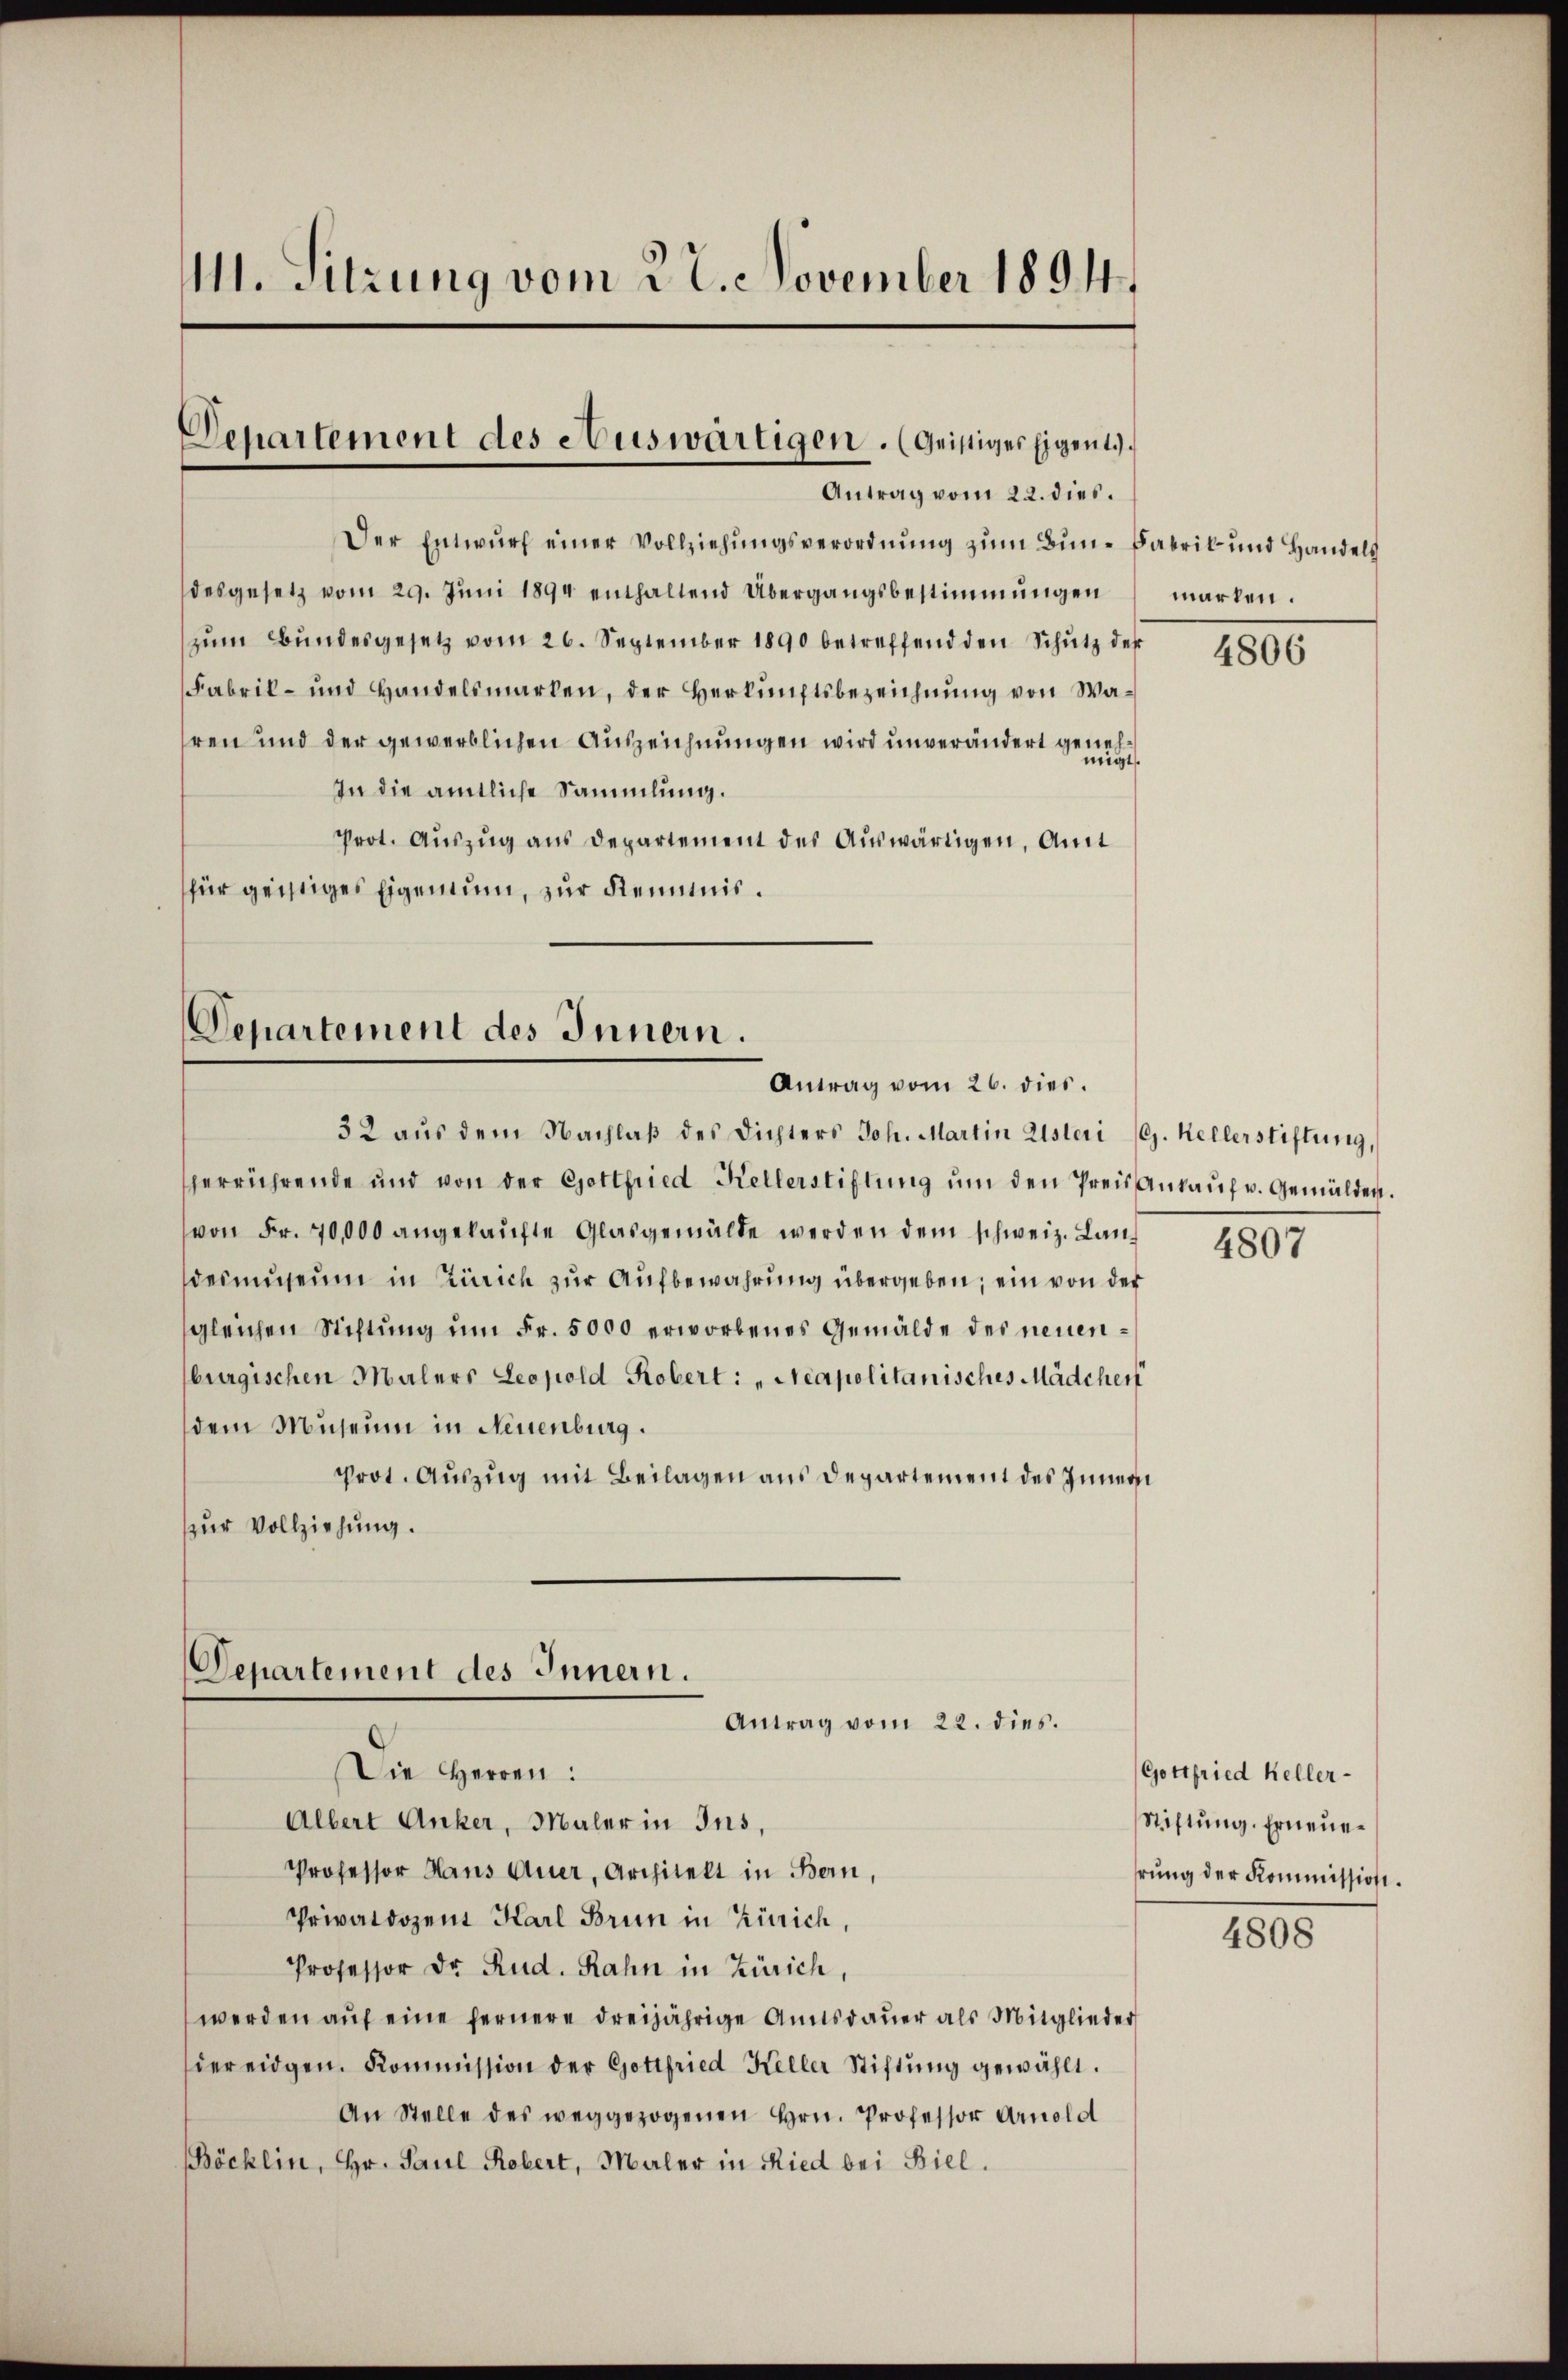
11. Sitzung vom 22. November 1894.

Departement des Auswärtigen. (Geistiges Eigent
Antrag vom 22. dies.

Der Entwurf einer Vollziehungsverordnung zum Bun-Fabrik und Handels
desgesetz vom 29. Juni 1894 enthaltend Übergangsbestimmungen
zŭm Bŭndesgesetz vom 26. September 1890 betreffend den Schutz der
Fabrik- und Handelsmarken, der Herkunftsbezeichnung von Wahren und der gewerblichen Auszeichnungen wird unverändert geneh¬
In die amtliche Sammlung.
Prot. Auszug aus Departement des Auswärtigen, Amt
für geistiges Eigentum, zur Keimis¬

Departement des Innern.
Antrag vom 26. dies.

Departement des Innern.
Antrag vom 22. dies.

sherrührende und von der Gottfried Kellerstiftŭng ŭm den Preis Ankaŭf v. Gemälden.
(von Fr. 70,000 angekaŭfte Glasgemälde werden dem schweiz. Landemuseum in Zürich zur Aufbewahrung übergeben; ein von der
gleichen Stiftung um Fr. 5000 erworbenes Gemälde des neuenburgischen Malers Leopold Robert: „Neapolitanisches Mädchen
dem Museum in Neuenburg.
Prot. Auszug mit Beilagen aus Departement des Innern
zur Vollziehung.

32 aus dem Nachlaß des Dichters Joh. Martin Usteri s. Kellerstiftung,

Die Herren:
Albert Anker, Maler in Ins,
Professor Haus Auer, Architelt in Bern,
Privatdozent Karl Brun in Zürich,
Professor Dr. Rud. Rahn in Zürich,
werden auf eine fernere dreijährige Amtsdauer als Mitglieder
der eidgen. Kommission der Gottfried Keller Stiftung gewählt.
An Stelle des weggezogenen Hrn. Professor Arnold
Böcklin, Hr. Paul Robert, Maler in Ried bei Biel.

marken.

4806

4807

Gottfried Keller-
Stiftung. Erneuerŭng der Kommission.

4808